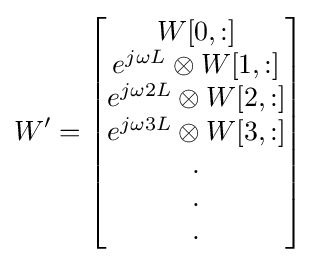
W'={\begin{bmatrix}W[0,:]\\e^{j\omega L}\otimes W[1,:]\\e^{j\omega 2L}\otimes W[2,:]\\e^{j\omega 3L}\otimes W[3,:]\\.\\.\\.\\\end{bmatrix}}